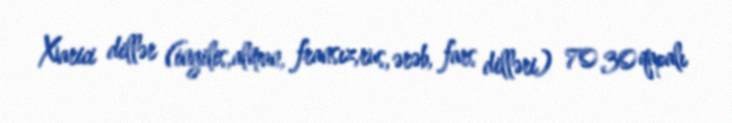
Xarici dillər (ingilis,alman, fransız,rus, ərəb, fars dilləri) 70 30 qapalı